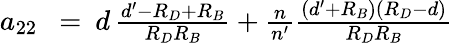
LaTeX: \begin{array}{rlr}{a_{22}\! \! \! }&{{}=}&{\! \! \! d\, {\frac{d^{\prime}-R_{D}+R_{B}}{R_{D}R_{B}}}+{\frac{n}{n^{\prime}}}{\frac{(d^{\prime}+R_{B})(R_{D}-d)}{R_{D}R_{B}}}}\end{array}